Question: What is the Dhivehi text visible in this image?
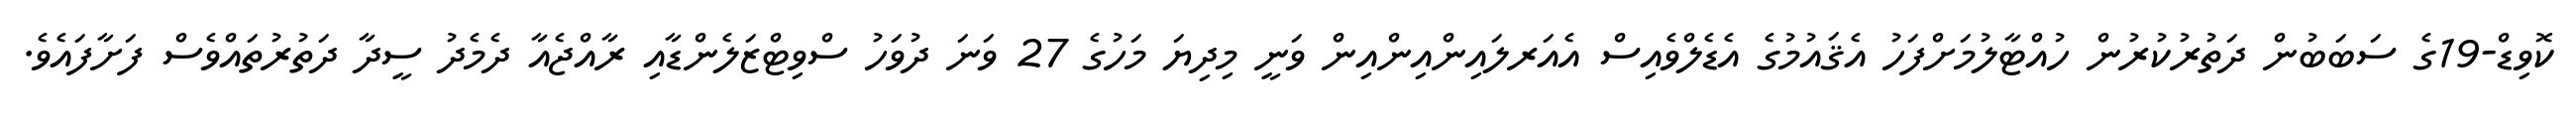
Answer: ކޮވިޑް-19ގެ ސަބަބުން ދަތުރުކުރުން ހުއްޓާލުމަށްފަހު އެޤައުމުގެ އެޑެލްވެއިސް އެއަރލައިންއިންއިން ވަނީ މިދިޔަ މަހުގެ 27 ވަނަ ދުވަހު ސްވިޓްޒަލެންޑާއި ރާއްޖެއާ ދެމެދު ސީދާ ދަތުރުތައްވެސް ފަށާފައެވެ.